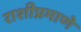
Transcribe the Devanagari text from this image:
राशीप्रमाणे